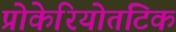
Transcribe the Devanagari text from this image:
प्रोकेरियोतटिक